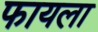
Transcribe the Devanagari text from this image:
फायला